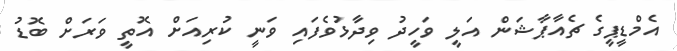
އެމްޑީޕީގެ ޗެއާޕާޝަން އަލީ ވަހީދު ވިދާޅުވެފައި ވަނީ ކުރިއަށް އޮތީ ވަރަށް ބޮޑު